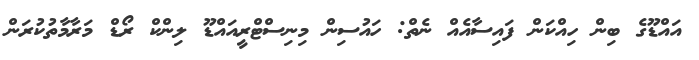
އައްޑޫގެ ބިން ހިއްކަން ފައިސާއެއް ނެތް: ހައުސިން މިނިސްޓްރީއައްޑޫ ލިންކް ރޯޑް މަރާމާތުކުރަން